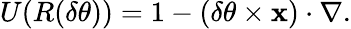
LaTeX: U(R(\delta\mathbf{\theta}))=1-(\delta\mathbf{\theta}\times\mathbf{x})\cdot\nabla.